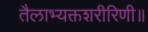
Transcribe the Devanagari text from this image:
तैलाभ्यक्तशरीरिणी॥